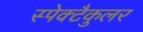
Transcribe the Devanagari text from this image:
स्पेक्टैकुलर